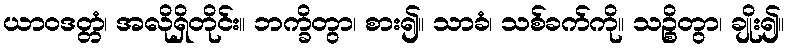
ယာဝဒတ္တံ၊ အလိုရှိတိုင်း။ ဘက္ခိတွာ၊ စား၍။ သာခံ၊ သစ်ခက်ကို။ သဉ္စိတွာ၊ ချိုး၍။